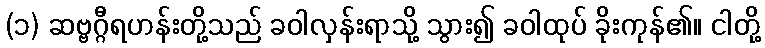
(၁) ဆဗ္ဗဂ္ဂီရဟန်းတို့သည် ခဝါလှန်းရာသို့ သွား၍ ခဝါထုပ် ခိုးကုန်၏။ ငါတို့